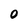
Character: 0